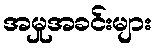
အမှုအခင်းများ